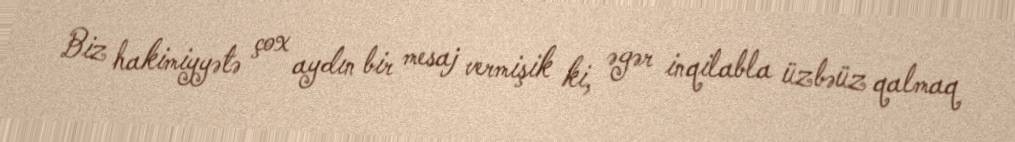
Biz hakimiyyətə çox aydın bir mesaj vermişik ki, əgər inqilabla üzbəüz qalmaq